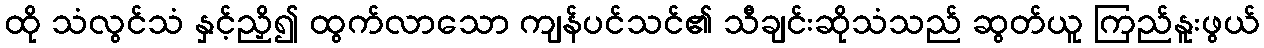
ထို သံလွင်သံ နှင့်ညှိ၍ ထွက်လာသော ကျန်ပင်သင်၏ သီချင်းဆိုသံသည် ဆွတ်ယူ ကြည်နူးဖွယ်